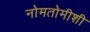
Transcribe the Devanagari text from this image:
नोमतोमीशी